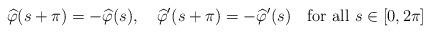
LaTeX: \begin{align*}\widehat \varphi(s+\pi)=-\widehat \varphi(s), \quad\widehat\varphi'(s+\pi)=-\widehat \varphi'(s)\quad\text{for all $s\in[0,2\pi]$}\end{align*}